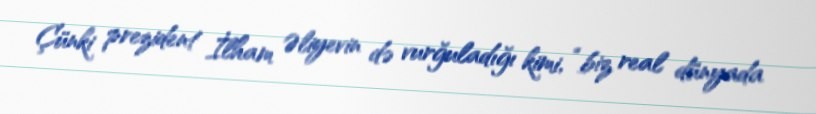
Çünki prezident İlham Əliyevin də vurğuladığı kimi, “biz real dünyada